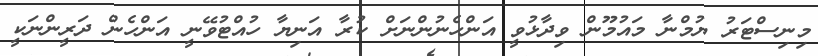
މިނިސްޓަރު ޔުމްނާ މައުމޫން ވިދާޅުވީ އަންހެނުންނަށް ކުރާ އަނިޔާ ހުއްޓުވޭނީ އަންހެން ދަރީންނަކީ